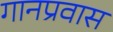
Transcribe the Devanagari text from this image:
गानप्रवास